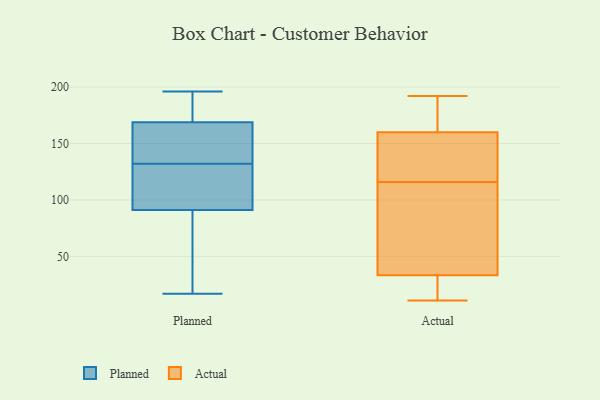
{"axis": {"x": "Temperature (°C)", "y": "Value"}, "legend": ["Actual", "Planned"], "data": [{"x": "", "y": 196, "type": "Planned"}, {"x": "", "y": 171, "type": "Planned"}, {"x": "", "y": 94, "type": "Planned"}, {"x": "", "y": 30, "type": "Planned"}, {"x": "", "y": 116, "type": "Planned"}, {"x": "", "y": 90, "type": "Planned"}, {"x": "", "y": 185, "type": "Planned"}, {"x": "", "y": 170, "type": "Planned"}, {"x": "", "y": 30, "type": "Planned"}, {"x": "", "y": 132, "type": "Planned"}, {"x": "", "y": 122, "type": "Planned"}, {"x": "", "y": 17, "type": "Planned"}, {"x": "", "y": 165, "type": "Planned"}, {"x": "", "y": 138, "type": "Planned"}, {"x": "", "y": 136, "type": "Planned"}, {"x": "", "y": 35, "type": "Actual"}, {"x": "", "y": 149, "type": "Actual"}, {"x": "", "y": 192, "type": "Actual"}, {"x": "", "y": 28, "type": "Actual"}, {"x": "", "y": 183, "type": "Actual"}, {"x": "", "y": 179, "type": "Actual"}, {"x": "", "y": 118, "type": "Actual"}, {"x": "", "y": 15, "type": "Actual"}, {"x": "", "y": 163, "type": "Actual"}, {"x": "", "y": 56, "type": "Actual"}, {"x": "", "y": 11, "type": "Actual"}, {"x": "", "y": 53, "type": "Actual"}, {"x": "", "y": 35, "type": "Actual"}, {"x": "", "y": 144, "type": "Actual"}, {"x": "", "y": 159, "type": "Actual"}, {"x": "", "y": 116, "type": "Actual"}, {"x": "", "y": 26, "type": "Actual"}]}